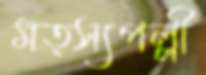
মত্স্যপল্লী